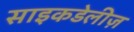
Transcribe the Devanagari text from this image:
साइकडेलीज़